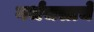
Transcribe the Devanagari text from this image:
गर्भजलाचे